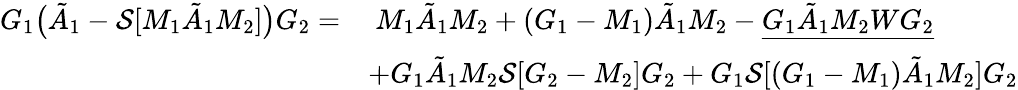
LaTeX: \begin{array}{rl}{G_{1}\big(\tilde{A}_{1}-\mathcal{S}[M_{1}\tilde{A}_{1}M_{2}]\big)G_{2}=}&{\ M_{1}\tilde{A}_{1}M_{2}+(G_{1}-M_{1})\tilde{A}_{1}M_{2}-\underline{{G_{1}\tilde{A}_{1}M_{2}WG_{2}}}}\\ &{+G_{1}\tilde{A}_{1}M_{2}\mathcal{S}[G_{2}-M_{2}]G_{2}+G_{1}\mathcal{S}[(G_{1}-M_{1})\tilde{A}_{1}M_{2}]G_{2}}\end{array}